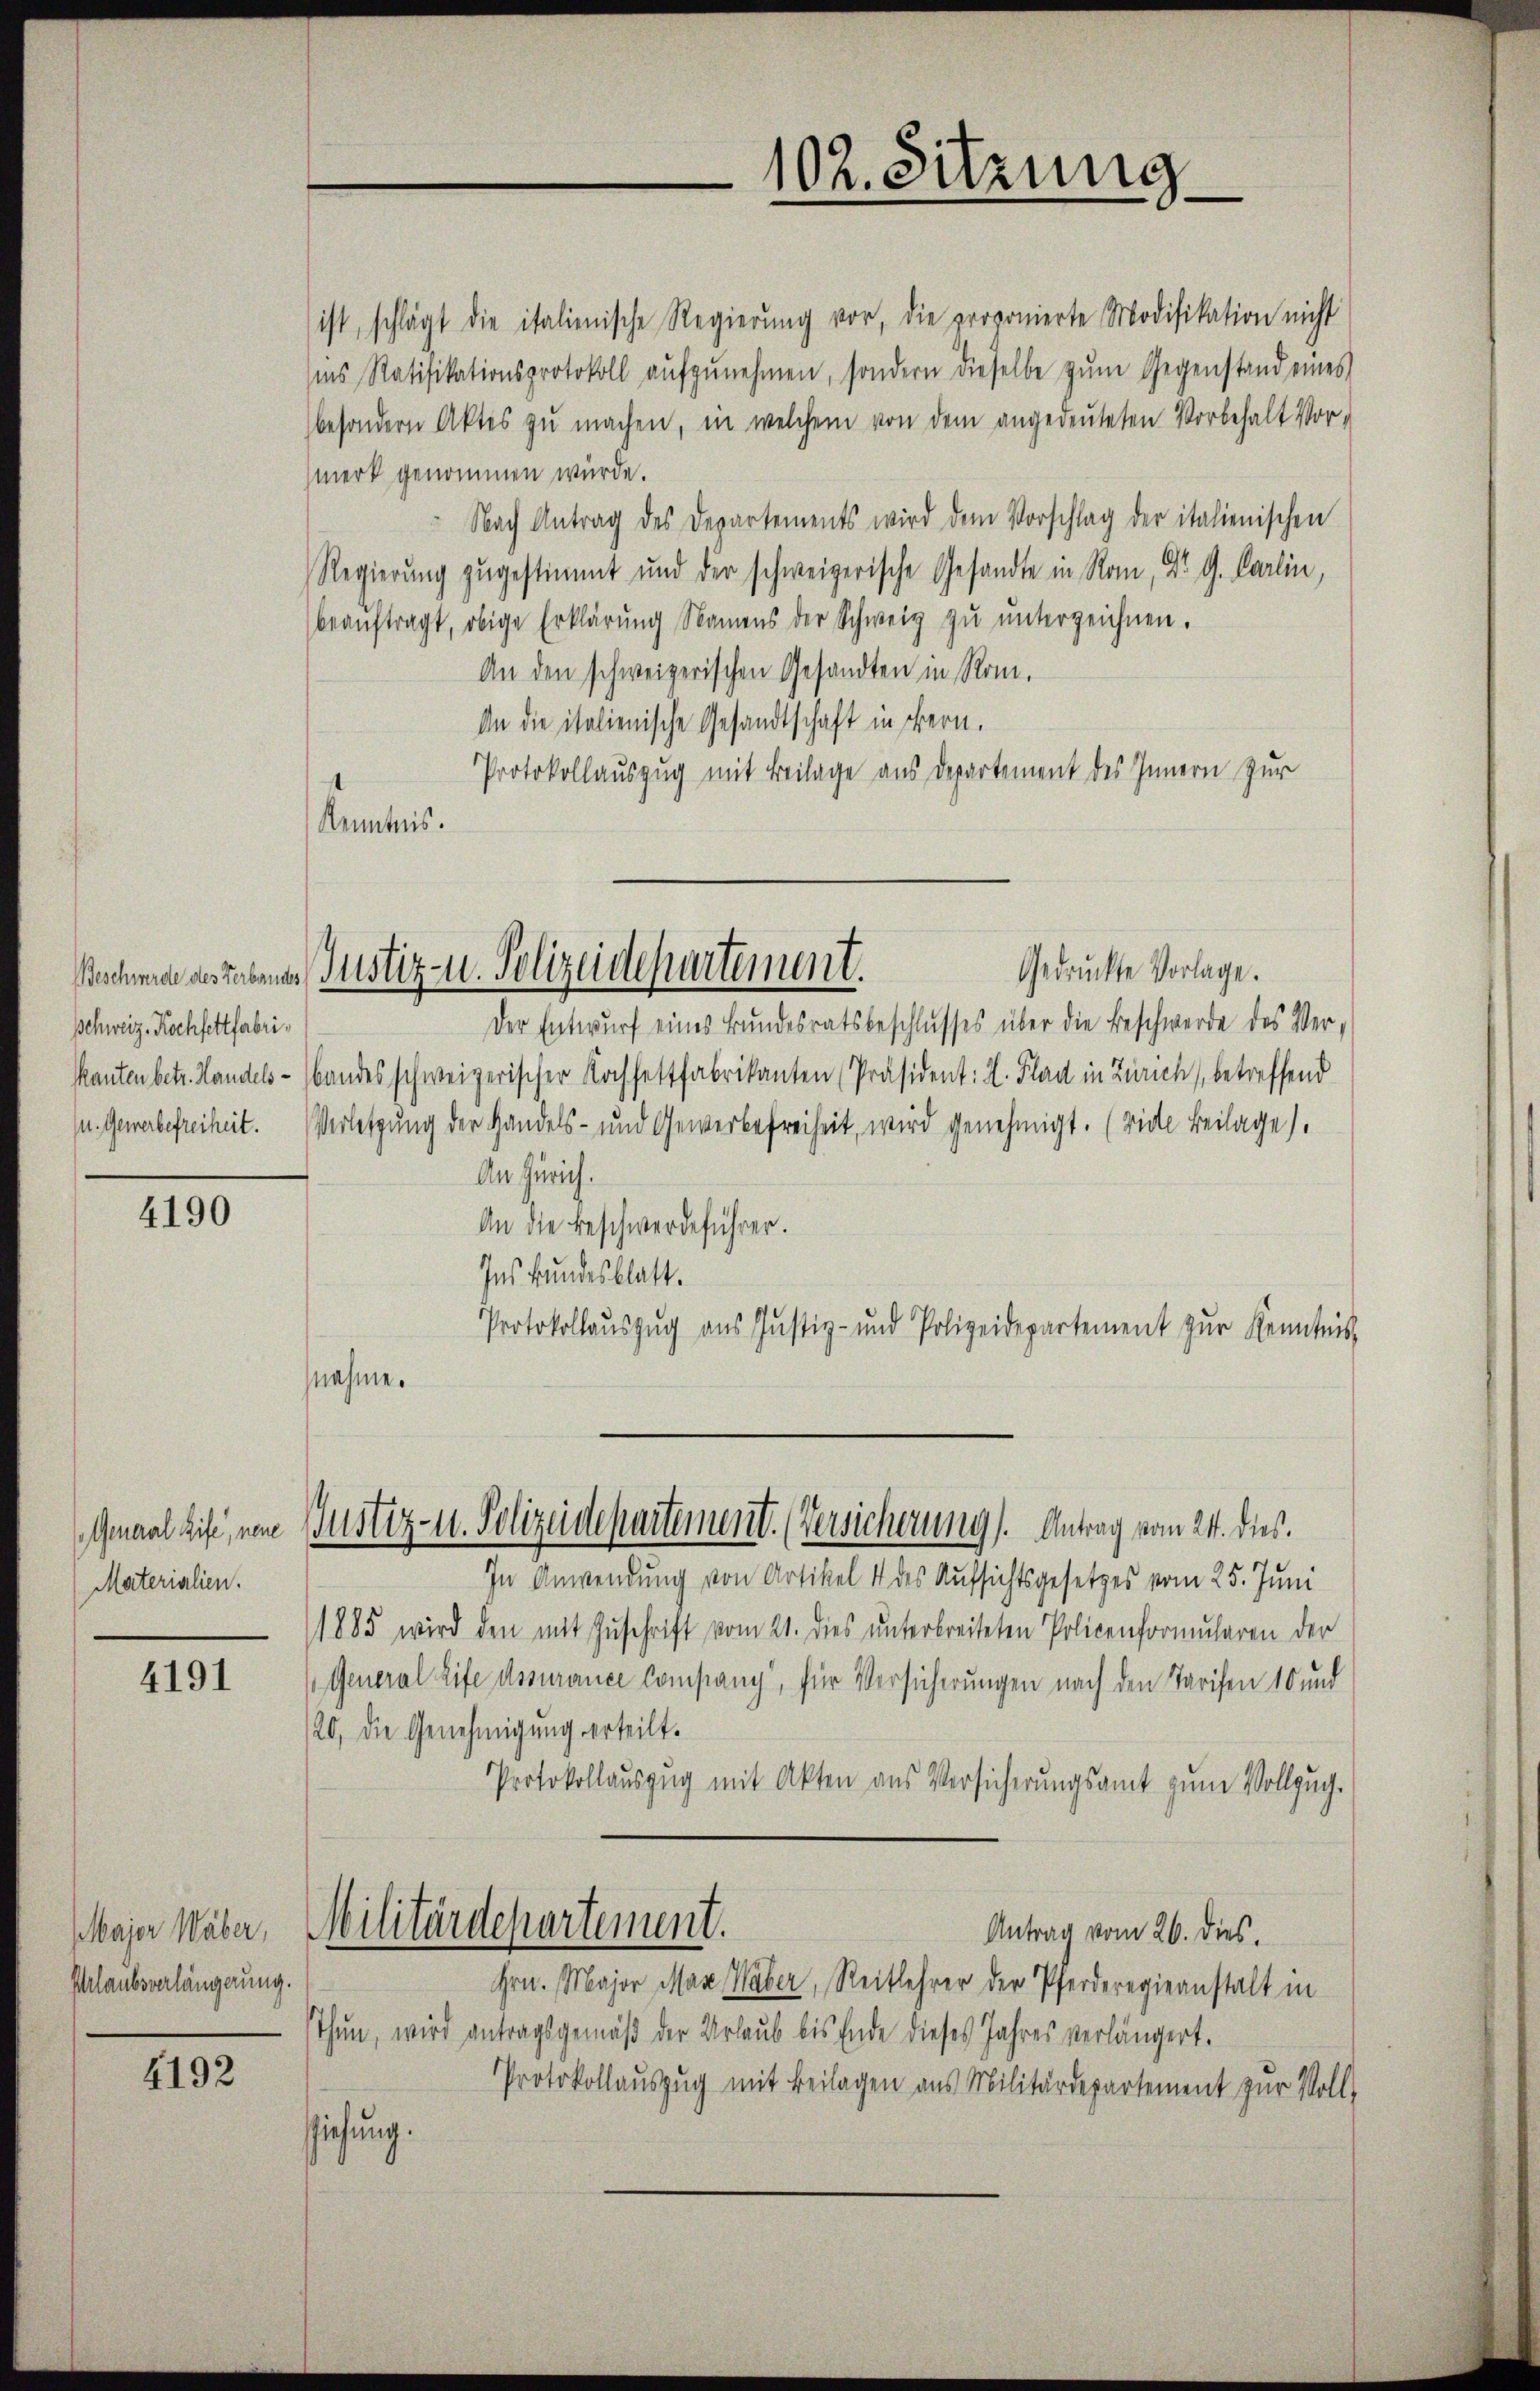
Schweiz. Kochfettfabri¬
(u. Gewerbefreiheit.

4190

General Life, neue
Materialien.

4191

Erlaubsverlängerung.

4192

ist, schlägt die italienische Regierŭng vor, die proponierte Modifikation nicht
ins Ratifikationsprotokoll aŭfzŭnehmen, sondern dieselbe zŭm Gegenstand eines
besondern Aktes zŭ machen, in welchem von dem angedeuteten Vorbehalt Vor-
merk genommen würde.
Nach Antrag des Departements wird dem Vorschlag der italienischen
Regierung zugestimmt und der schweizerische Gesandte in Rom, Dr. G. Carlin,
beaŭftragt, obige Erklärŭng Namens der Schweiz zŭ ŭnterzeichnen.
An den schweizerischen Gesandten in Rom.
An die italienische Gesandtschaft in Bern.
Protokollauszug mit Beilage aus Departement des Innern zur
Kenntnis.

102. Sitzung

Gedrückte Vorlage.
Beschmide gestabenes Justiz- u. Polizeidepartement.

Justiz- u. Polizeidepartement. (Versicherung). Antrag vom 24. dies.

Der Entwurf eines Bundesratsbeschlusses über die Beschwerde des Ver-
kanten betr. Handels- bandes schweizerischer Kochseltfabrikanten (Präsident: L. Flad in Zürich, betreffend
Verletzung der Handels- und Gewerbefreiheit, wird genehmigt. (vide Beilage).
An Zürich.
An die Beschwerdeführer.
Ins Bundesblatt.
Protokollaŭszŭg ans Justiz- und Polizeidepartement zŭr Kenntnis
nehme.

In Anwendung von Artikel 14 des Aufsichtsgesetzes vom 25. Juni
1885 wird den mit Zuschrift vom 21. dies unterbreiteten Policenformularen der
General Life dessurance Compang, für Versicherungen nach den Tarifen 10 und
20, die Genehmigung erteilt.
Protokollaŭszŭg mit Akten aus Versicherŭngsamt zŭm Vollzug.
Majer Wäber, Militärdepartement.
Antrag vom 26. dies.
Hrn. Major Max Weber, Reitlehrer der Pferderegieanstalt in
thun, wird antragsgemäß der Urlaub bis Ende dieses Jahres verlängert.
Protokollauszug mit Beilagen aus Militärdepartement zur Voll-
siehung.